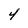
Character: 4